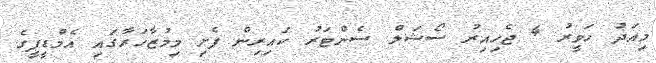
މިއަދު ހަވީރު 4 ޖެހިއިރު ސޯޝަލް ސެންޓަރު ކައިރިން ފެށި މިމުޒާހަރާގައި އެމްޑީޕީގެ